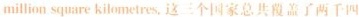
million square kilometres.这三个国家总共覆盖了两千四